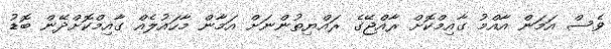
ވެސް އަމަން އާއްމު ގާއިމްކޮށް ރާއްޖޭގެ ރައްޔިތުންނަށް އަމާން މާހައުލެއް ގާއިމްކޮށްދޭން ބޮޑު